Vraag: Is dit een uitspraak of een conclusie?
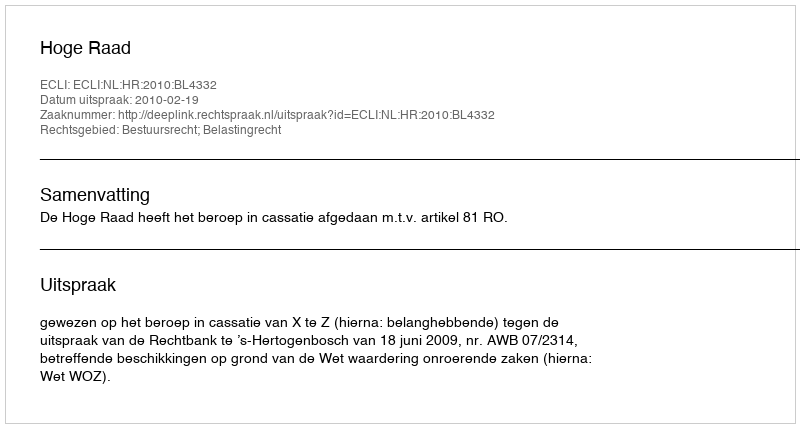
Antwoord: Uitspraak